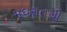
મધરાતથી